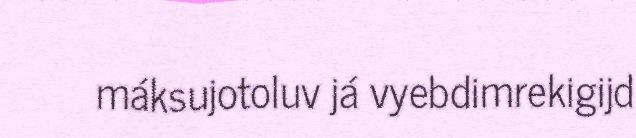
máksujotoluv já vyebdimrekigijd